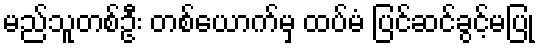
မည်သူတစ်ဦး တစ်ယောက်မှ ထပ်မံ ပြင်ဆင်ခွင့်မပြု